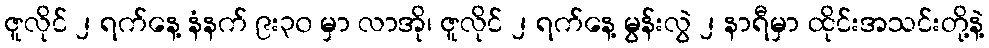
ဇူလိုင် ၂ ရက်နေ့ နံနက် ၉း၃၀ မှာ လာအို၊ ဇူလိုင် ၂ ရက်နေ့ မွန်းလွဲ ၂ နာရီမှာ ထိုင်းအသင်းတို့နဲ့